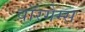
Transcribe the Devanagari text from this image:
वॉरगेम्स